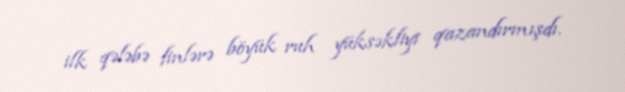
ilk qələbə finlərə böyük ruh yüksəkliyi qazandırmışdı.